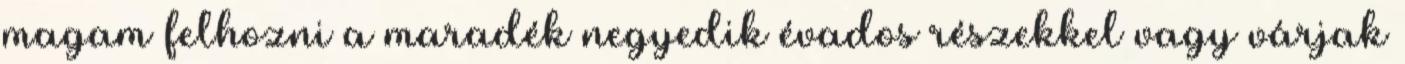
magam felhozni a maradék negyedik évados részekkel vagy várjak